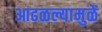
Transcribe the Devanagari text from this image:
आढळल्यामुळें